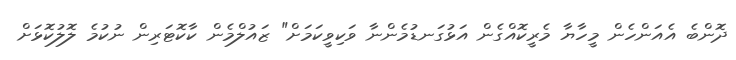
ދޮންބެ އެއަންހެން މީހާޔާ މެރީކޮއްގެން އަޅުގަނޑުމެންނާ ވަކިވީކަމަށް" ޒައުލްމެން ކާކޮޓަރިން ނުކުމެ ލޮލުކޮޅަށް